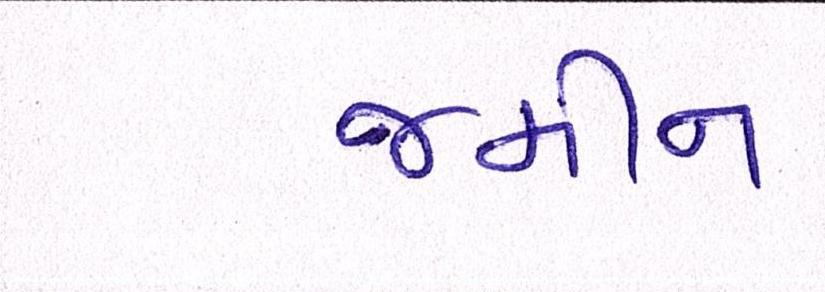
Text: જમીન